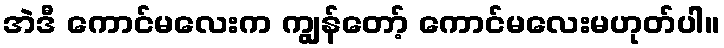
အဲဒီ ကောင်မလေးက ကျွန်တော့် ကောင်မလေးမဟုတ်ပါ။